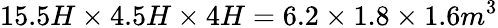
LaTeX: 15.5H\times 4.5H\times 4H=6.2\times 1.8\times 1.6m^{3}